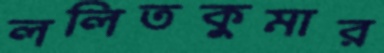
ললিতকুমার